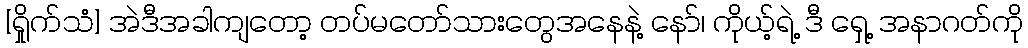
[ရှိုက်သံ] အဲဒီအခါကျတော့ တပ်မတော်သားတွေအနေနဲ့ နော်၊ ကိုယ့်ရဲ့ ဒီ ရှေ့ အနာဂတ်ကို